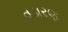
વડારણ